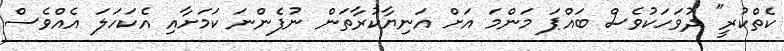
ކެތްކުރީ" ދުވަހަކުވެސް ބައްޕަ މަންމަ އަށް އަނިޔާކުރާތަން ނުފެންނަ ކަމަށާއި އެކަހަލަ އެއްވެސް